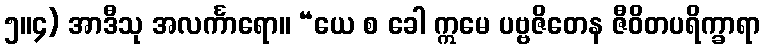
၅။၄) အာဒီသု အလင်္ကာရော။ “ယေ စ ခေါ ဣမေ ပဗ္ဗဇိတေန ဇီဝိတပရိက္ခာရာ